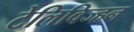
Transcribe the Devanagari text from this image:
टेलिविज्हन